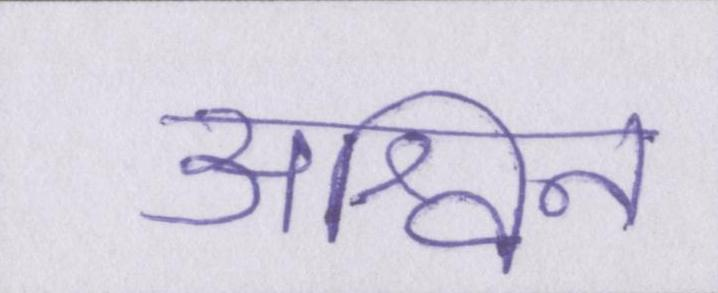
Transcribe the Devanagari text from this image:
अश्विन